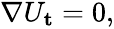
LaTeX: \begin{array}{r}{\nabla U_{\mathbf{t}}=0,}\end{array}